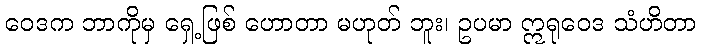
ဝေဒက ဘာကိုမှ ရှေ့ဖြစ် ဟောတာ မဟုတ် ဘူး၊ ဥပမာ ဣရုဝေဒ သံဟိတာ